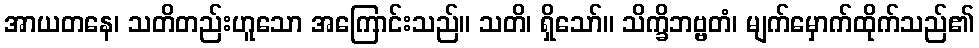
အာယတနေ၊ သတိတည်းဟူသော အကြောင်းသည်။ သတိ၊ ရှိသော်။ သိက္ခိဘဗ္ဗတံ၊ မျက်မှောက်ထိုက်သည်၏